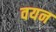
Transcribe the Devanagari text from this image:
वयन